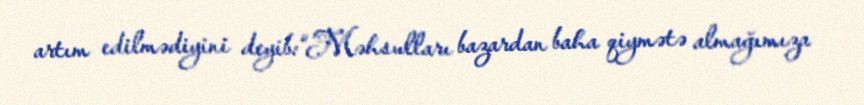
artım edilmədiyini deyib:“Məhsulları bazardan baha qiymətə almağımıza